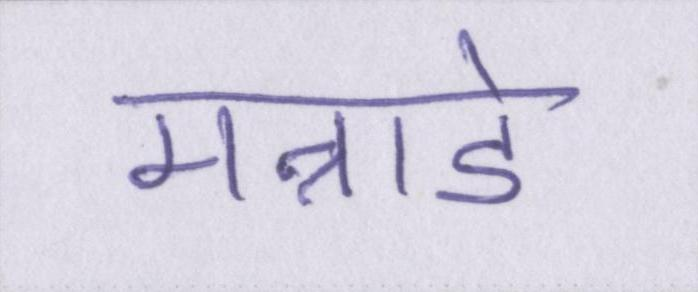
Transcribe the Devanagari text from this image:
मन्नाडे